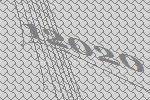
12020